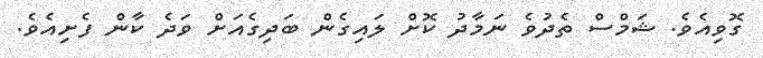
ގޮވިއެވެ. ޝަމްސް ތެދުވެ ނަމާދު ކޮށް ލައިގެން ބަދިގެއަށް ވަދެ ކާން ފެށިއެވެ.